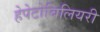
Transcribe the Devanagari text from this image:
हेपेटोबिलियरी